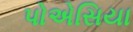
પોએસિયા